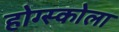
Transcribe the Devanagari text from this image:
होग्स्कोला